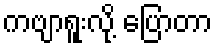
ကဗျာရူးလို့ ပြောတာ